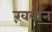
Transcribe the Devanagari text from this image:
ख़वान